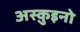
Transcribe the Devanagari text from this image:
अस्क़ुइनो